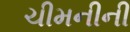
ચીમનીની